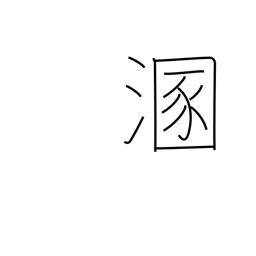
Meaning: get muddy